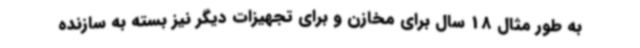
به طور مثال 18 سال برای مخازن و برای تجهیزات دیگر نیز بسته به سازنده